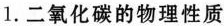
1.二氧化碳的物理性质